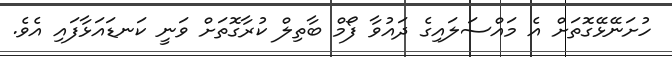
ހުށަނޭޅޭގޮތަށް އެ މައްސަލައިގެ ދައުވާ ފޯމް ބާތިލް ކުރާގޮތަށް ވަނީ ކަނޑައަޅާފައި އެވެ.